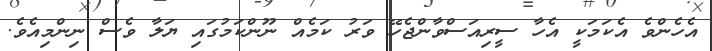
އެހެންވެ އެކަމަކީ އެހާ ސީރިއަސްވާންޖެހޭ ވަރު ކަމެއް ނޫންކަމުގައި ޔަލާ ވެސް ނިންމިއެވެ.